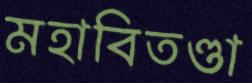
মহাবিতণ্ডা